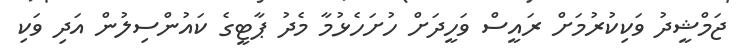
ޖަމްޝީދު ވަކިކުރުމަށް ރައީސް ވަހީދަށް ހުށަހެޅުމާ މެދު ޕާޓީގެ ކައުންސިލުން އަދި ވަކި